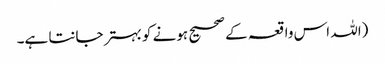
(اللہ اس واقعہ کے صحیح ہونے کو بہتر جانتا ہے۔